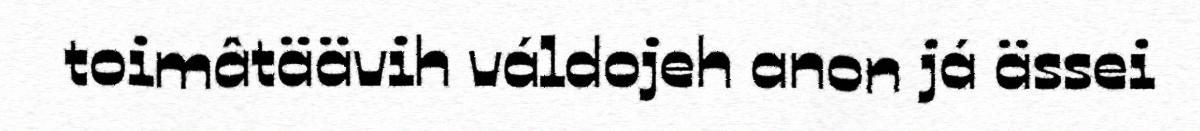
toimâtäävih váldojeh anon já ässei